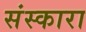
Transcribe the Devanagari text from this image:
संस्कारा